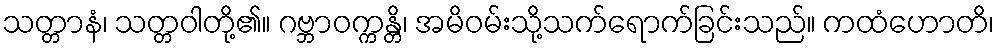
သတ္တာနံ၊ သတ္တဝါတို့၏။ ဂဗ္ဘာဝက္ကန္တိ၊ အမိဝမ်းသို့သက်ရောက်ခြင်းသည်။ ကထံဟောတိ၊